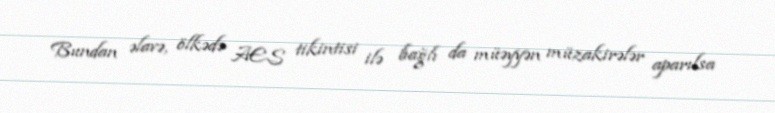
Bundan əlavə, ölkədə AES tikintisi ilə bağlı da müəyyən müzakirələr aparılsa